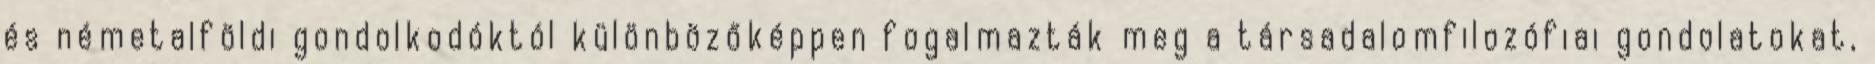
és németalföldi gondolkodóktól különbözőképpen fogalmazták meg a társadalomfilozófiai gondolatokat,